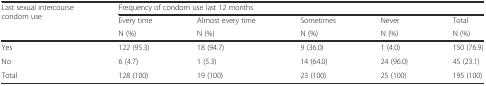
<table><thead><tr><td rowspan="3"><b>Last sexual intercourse condom use</b></td><td colspan="5"><b>Frequency of condom use last 12 months</b></td></tr><tr><td><b>Every time</b></td><td><b>Almost every time</b></td><td><b>Sometimes</b></td><td><b>Never</b></td><td><b>Total</b></td></tr><tr><td><b>N (%)</b></td><td><b>N (%)</b></td><td><b>N (%)</b></td><td><b>N (%)</b></td><td><b>N (%)</b></td></tr></thead><tbody><tr><td>Yes</td><td>122 (95.3)</td><td>18 (94.7)</td><td>9 (36.0)</td><td>1 (4.0)</td><td>150 (76.9)</td></tr><tr><td>No</td><td>6 (4.7)</td><td>1 (5.3)</td><td>14 (64.0)</td><td>24 (96.0)</td><td>45 (23.1)</td></tr><tr><td>Total</td><td>128 (100)</td><td>19 (100)</td><td>23 (100)</td><td>25 (100)</td><td>195 (100)</td></tr></tbody></table>